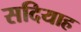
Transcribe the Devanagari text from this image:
सदियाह